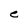
Character: e